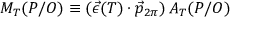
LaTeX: { \cal M } _ { T } ( P / O ) \equiv ( \vec { \epsilon } ( T ) \cdot \vec { p } _ { 2 \pi } ) \, { \cal A } _ { T } ( P / O )